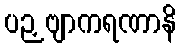
ပဉှဗျာကရဏာနိ